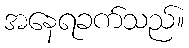
အနေရခက်သည်။